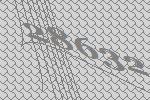
28632